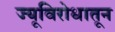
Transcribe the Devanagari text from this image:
ज्यूविरोधातून